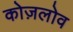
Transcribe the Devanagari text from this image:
कोज़लोव